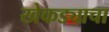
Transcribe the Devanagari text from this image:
खेकड्याचा